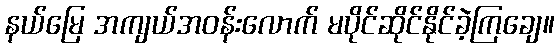
နယ်မြေ အကျယ်အဝန်းလောက် မပိုင်ဆိုင်နိုင်ခဲ့ကြချေ။